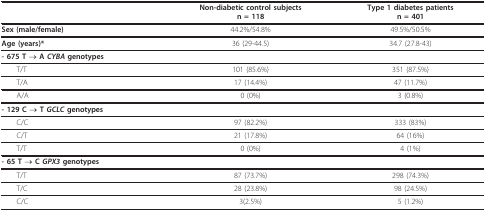
<table><thead><tr><td></td><td><b>Non-diabetic control subjectsn = 118</b></td><td><b>Type 1 diabetes patientsn = 401</b></td></tr></thead><tbody><tr><td><b>Sex (male/female)</b></td><td>44.2%/54.8%</td><td>49.5%/50.5%</td></tr><tr><td><b>Age (years)*</b></td><td>36 (29-44.5)</td><td>34.7 (27.8-43)</td></tr><tr><td><b>- 675 T → A <i>CYBA </i>genotypes</b></td><td></td><td></td></tr><tr><td> T/T</td><td>101 (85.6%)</td><td>351 (87.5%)</td></tr><tr><td> T/A</td><td>17 (14.4%)</td><td>47 (11.7%)</td></tr><tr><td> A/A</td><td>0 (0%)</td><td>3 (0.8%)</td></tr><tr><td><b>- 129 C → T <i>GCLC </i>genotypes</b></td><td></td><td></td></tr><tr><td> C/C</td><td>97 (82.2%)</td><td>333 (83%)</td></tr><tr><td> C/T</td><td>21 (17.8%)</td><td>64 (16%)</td></tr><tr><td> T/T</td><td>0 (0%)</td><td>4 (1%)</td></tr><tr><td><b>- 65 T → C <i>GPX3 </i>genotypes</b></td><td></td><td></td></tr><tr><td> T/T</td><td>87 (73.7%)</td><td>298 (74.3%)</td></tr><tr><td> T/C</td><td>28 (23.8%)</td><td>98 (24.5%)</td></tr><tr><td> C/C</td><td>3(2.5%)</td><td>5 (1.2%)</td></tr></tbody></table>